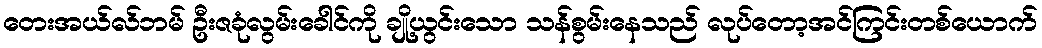
တေးအယ်လ်ဘမ် ဦးဇခုံလွမ်းခေါင်ကို ချို့ယွင်းသော သန်စွမ်းနေသည် လုပ်တော့အင်ကြင်းတစ်ယောက်